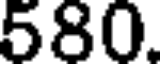
580.